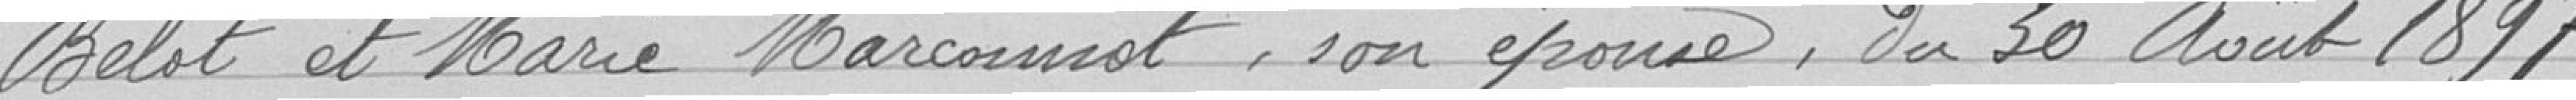
Belot et Marie Marconnot, son épouse, du 30 Aout 1897